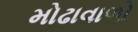
મોઢાવાળો